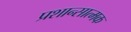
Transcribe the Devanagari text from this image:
प्रशान्सात्मक